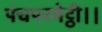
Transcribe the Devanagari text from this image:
पंचपरमेट्ठी।।